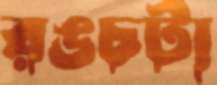
রঙচটা